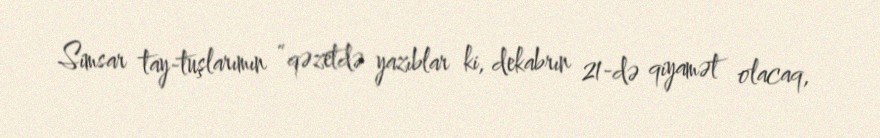
Simsar tay-tuşlarımın “qəzetdə yazıblar ki, dekabrın 21-də qiyamət olacaq,